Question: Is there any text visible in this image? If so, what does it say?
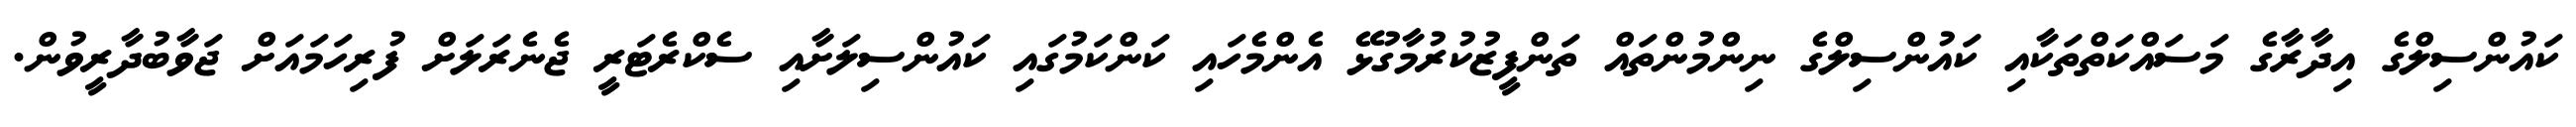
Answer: ކައުންސިލްގެ އިދާރާގެ މަސައްކަތްތަކާއި ކައުންސިލްގެ ނިންމުންތައް ތަންފީޒުކުރުމާގުޅޭ އެންމެހައި ކަންކަމުގައި ކައުންސިލަށާއި ސެކްރެޓަރީ ޖެނެރަލަށް ފުރިހަމައަށް ޖަވާބުދާރީވުން.